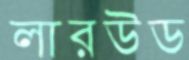
লারউড